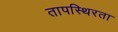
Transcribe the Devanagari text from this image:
तापस्थिरता